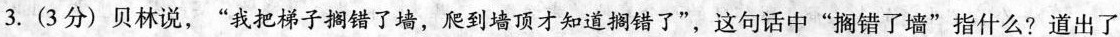
3. (3分) 贝林说，”我把梯子搁错了墙，爬到墙顶才知道搁错了”，这句话中”搁错了墙”指什么?道出了